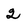
Character: 2